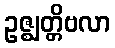
ဥဇ္ဈတ္တိဗလာ